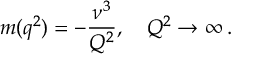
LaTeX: m ( q ^ { 2 } ) = - \frac { \nu ^ { 3 } } { Q ^ { 2 } } , \quad Q ^ { 2 } \to \infty \, .